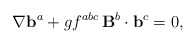
\begin{align*}\nabla{\bf b}^a+gf^{abc}\,{\bf B}^b\cdot{\bf b}^c=0,\end{align*}